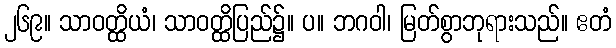
၂၆၉။ သာဝတ္ထိယံ၊ သာဝတ္ထိပြည်၌။ ပ။ ဘဂဝါ၊ မြတ်စွာဘုရားသည်။ ဧတံ